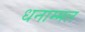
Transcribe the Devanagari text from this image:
धनाम्मल